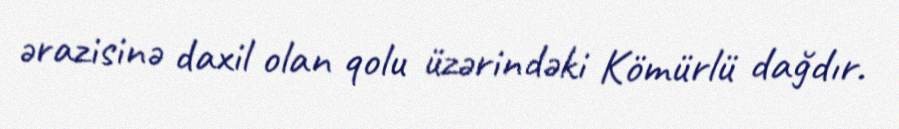
ərazisinə daxil olan qolu üzərindəki Kömürlü dağdır.